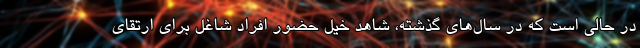
در حالی است که در سال‌های گذشته، شاهد خیل حضور افراد شاغل برای ارتقای